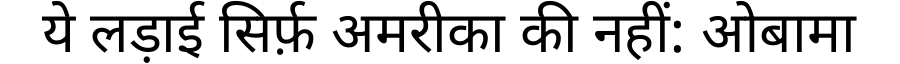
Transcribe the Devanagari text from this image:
ये लड़ाई सिर्फ़ अमरीका की नहीं: ओबामा